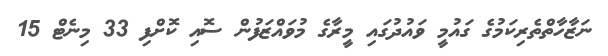
ނަޒާހާތްތެރިކަމުގެ ގައުމީ ވައުދުގައި މީރާގެ މުވައްޒަފުން ސޮއި ކޮށްފި 33 މިނެޓް 15